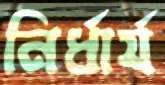
নির্ধার্য